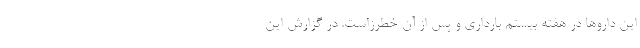
این داروها در هفته بیستم بارداری و پس از آن خطرزاست. در گزارش این